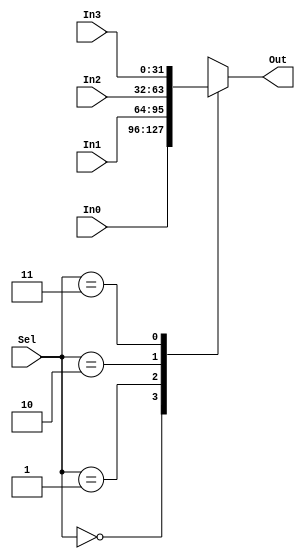
`timescale 1ns / 1ps

////////////////////////////////////////////////////////////////////////////////
// Computer Architecture
// 
// Module - Mux32Bit2To1.v
// Description - Performs signal multiplexing between 2 32-Bit words.
////////////////////////////////////////////////////////////////////////////////

module Mux32Bit4To1(Out, In0, In1, In2, In3, Sel);
    output reg [31:0] Out;
    
    input [31:0] In0, In1, In2, In3;
    input [1:0] Sel;
    
    always @(*) begin
        case(Sel)
            2'b00: Out = In0;
            2'b01: Out = In1; 
            2'b10: Out = In2; 
            2'b11: Out = In3;
        endcase
    end
endmodule